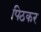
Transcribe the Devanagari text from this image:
पिठकर